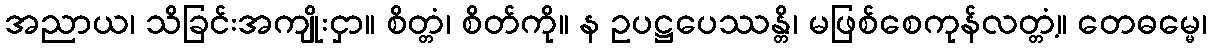
အညာယ၊ သိခြင်းအကျိုးငှာ။ စိတ္တံ၊ စိတ်ကို။ န ဥပဋ္ဌပေဿန္တိ၊ မဖြစ်စေကုန်လတ္တံ့။ တေဓမ္မေ၊